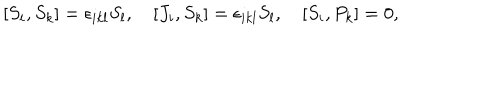
[ S _ { i } , S _ { k } ] = \epsilon _ { i k l } S _ { l } , \quad [ J _ { i } , S _ { k } ] = \epsilon _ { i k l } S _ { l } , \quad [ S _ { i } , P _ { k } ] = 0 ,